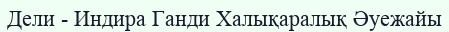
Дели - Индира Ганди Халықаралық Әуежайы